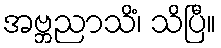
အဗ္ဘညာသိံ၊ သိပြီ။